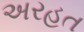
અરહત